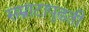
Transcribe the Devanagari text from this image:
सम्राटापुढती